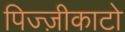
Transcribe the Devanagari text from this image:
पिज्ज़ीकाटो